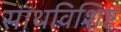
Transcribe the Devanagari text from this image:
साथविशिष्ट